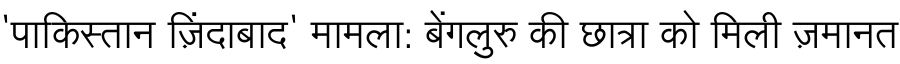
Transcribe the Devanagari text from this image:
'पाकिस्तान ज़िंदाबाद' मामला: बेंगलुरु की छात्रा को मिली ज़मानत